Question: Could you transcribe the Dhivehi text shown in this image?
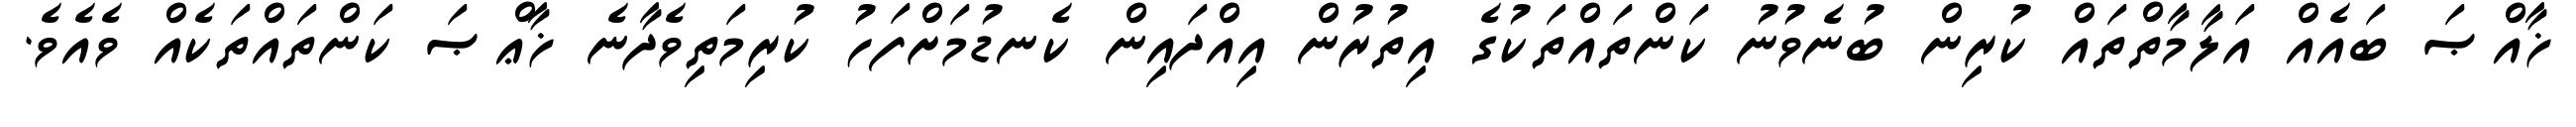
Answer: ޚާއްޞަ ބައެއް އަލާމާތްތައް ކުރިން ބުނެވުނު ކަންތައްތަކުގެ އިތުރުން އިއްދައިން ކެނޑުމަށްފަހު ކުރިމަތިވެދާނެ ޚާޢްޞަ ކަންތައްތަކެއް ވެއެވެ.